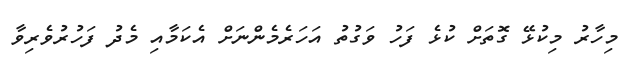
މިހާރު މިކުޅޭ ގޮތަށް ކުޅެ ފަހު ވަގުތު އަހަރެމެންނަށް އެކަމާއި މެދު ފަހުރުވެރިވާ